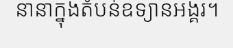
នានាក្នុងតំបន់ឧទ្យានអង្គរ។